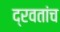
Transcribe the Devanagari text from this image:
द्रवतांच